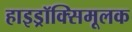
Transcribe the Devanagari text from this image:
हाइड्रॉक्सिमूलक